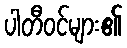
ပါတီဝင်များ၏